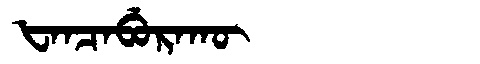
Manchu: ᡶᠠᠨᠴᠠᠪᡠᡵᠠᡴᡡ
Romanization: FANCABURAKŪ